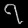
Digit: ၇